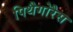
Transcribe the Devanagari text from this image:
पिथैगोरैस